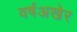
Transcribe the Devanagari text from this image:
वर्षअखेर